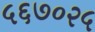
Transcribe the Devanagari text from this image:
५६७०२५